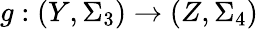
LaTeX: g:(Y,\Sigma_{3})\to(Z,\Sigma_{4})